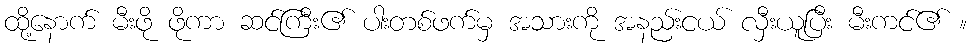
ထို့နောက် မီးဖို ဖိုကာ ဆင်ကြီး၏ ပါးတစ်ဖက်မှ အသားကို အနည်းငယ် လှီးယူပြီး မီးကင်၏ ။